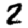
Digit: 2